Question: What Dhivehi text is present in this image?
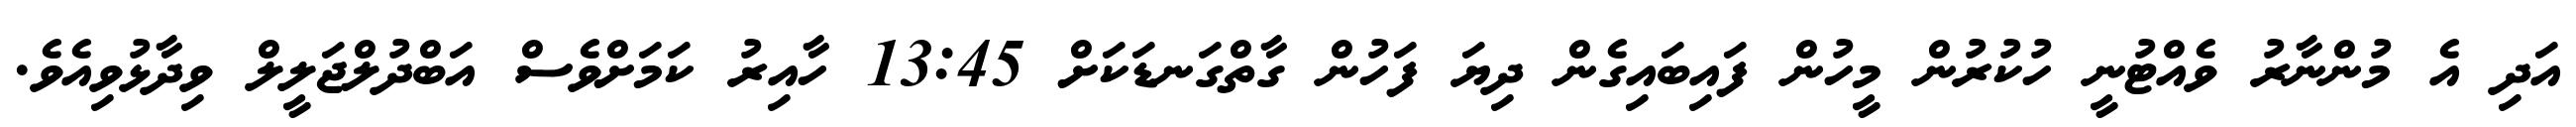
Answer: އަދި އެ މުންނާރު ވެއްޓުނީ ހުކުރުން މީހުން ފައިބައިގެން ދިޔަ ފަހުން ގާތްގަނޑަކަށް 13:45 ހާއިރު ކަމަށްވެސް އަބްދުލްޖަލީލް ވިދާޅުވިއެވެ.